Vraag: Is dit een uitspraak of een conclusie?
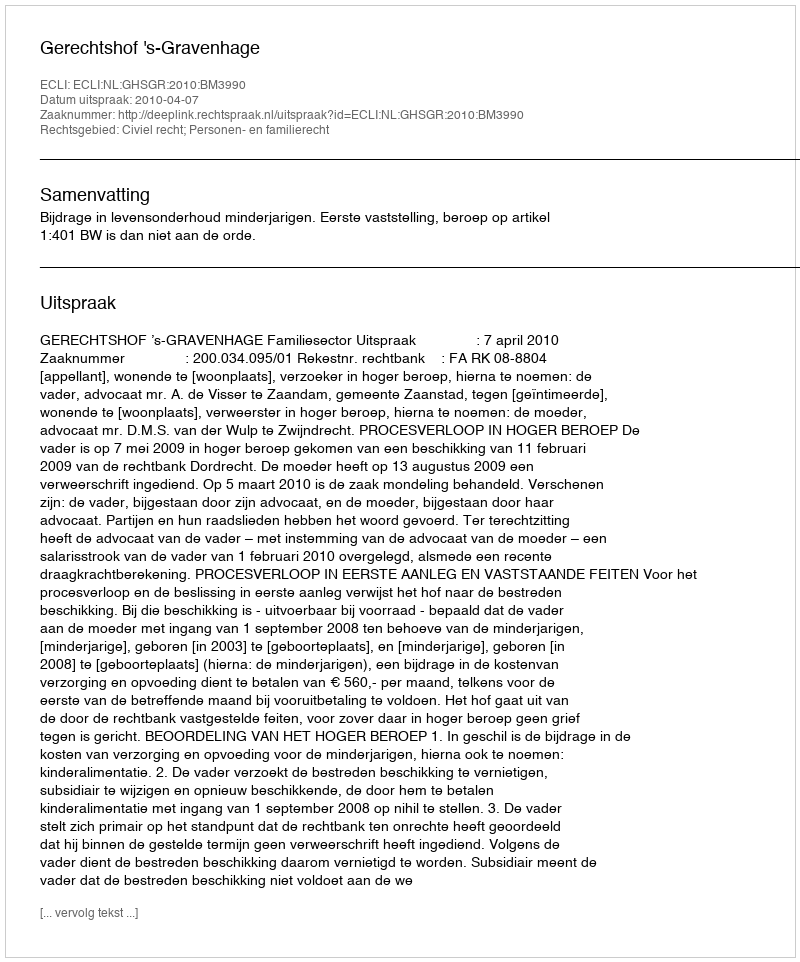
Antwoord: Uitspraak